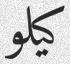
كيلو